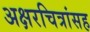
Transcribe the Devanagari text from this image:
अक्षरचित्रांसह